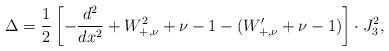
LaTeX: \begin{align*}\Delta=\frac{1}{2}\left[-\frac{d^2}{dx^2}+W_{+,\nu}^2+\nu-1-(W'_{+,\nu}+\nu-1)\right]\cdot J_3^2,\end{align*}